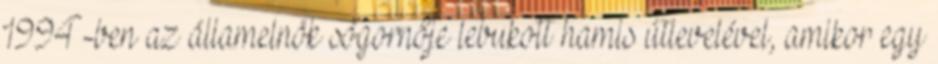
1994-ben az államelnök sógornője lebukott hamis útlevelével, amikor egy